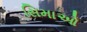
સિમાઓ